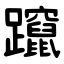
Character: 躥